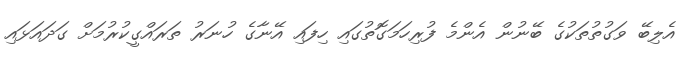
އެލިބޭ ވަގުތުތަކުގެ ބޭނުން އެންމެ ފުރިހަމަގޮތުގައި ހިފައި އޭނާގެ ހުނަރު ތަރައްގީކުރުމަށް ގަދައަޅައި